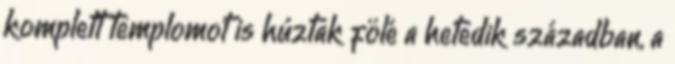
komplett templomot is húztak fölé a hetedik században, a